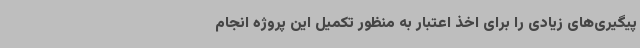
پیگیری‌های زیادی را برای اخذ اعتبار به منظور تکمیل این پروژه انجام